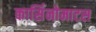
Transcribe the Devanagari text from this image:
कार्सिनोमाटस